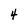
Character: 4